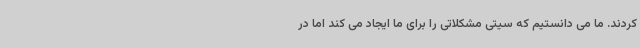
کردند. ما می دانستیم که سیتی مشکلاتی را برای ما ایجاد می کند اما در